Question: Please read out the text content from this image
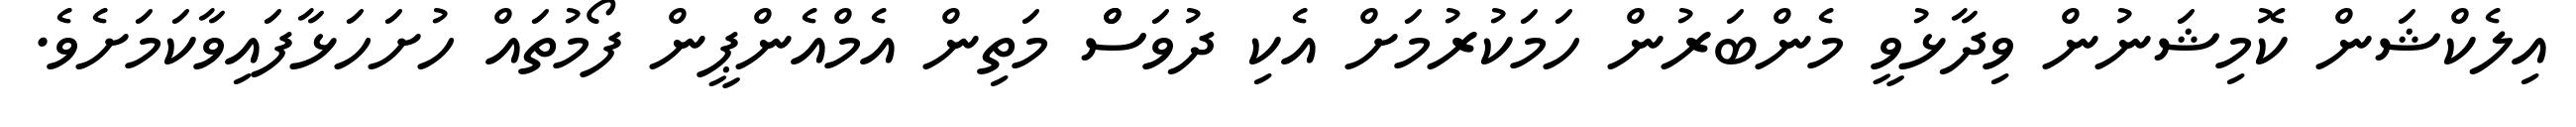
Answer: އިލެކްޝަން ކޮމިޝަނުން ވިދާޅުވީ މެންބަރުން ހަމަކުރުމަށް އެކި ދުވަސްް މަތިން އެމްއެންޕީން ފޯމުތައް ހުށަހަޅާފައިވާކަމަށެވެ.